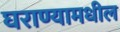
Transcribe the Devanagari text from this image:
घराण्यामधील